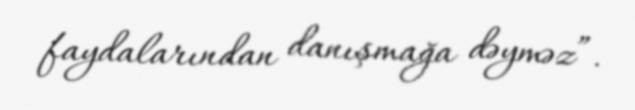
faydalarından danışmağa dəyməz”.